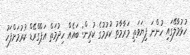
ހުޅުމާލޭގައި ހުންނަ ފިޔަވަތި މަރާމާތު ކުރުމުގެ ކުރިން: ބައެއް ހިދުމަތް އަޕްގްރޭޑް ކުރުމަށްފަހު